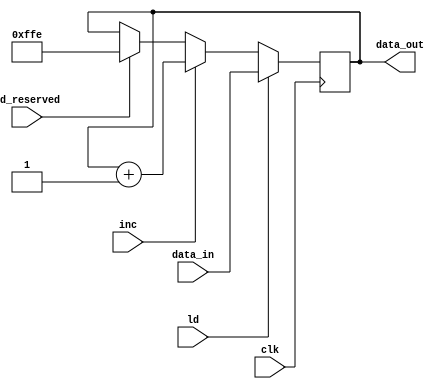
module Reg_AR #(parameter p = 15) (clk, data_in, ld, inc, data_out,ld_reserved);

// list of inputs 
input wire clk, ld, inc,ld_reserved;
input wire [p:0] data_in;

// list of outputs
output reg [p:0] data_out;

// module implementation	
always @(posedge clk)
	begin
		if		(ld == 1'b1)	data_out = data_in;			      // load data in the register
		else if (inc == 1'b1)	data_out = data_out + 1'b1;	// increment the value in the register
		else if (ld_reserved == 1'b1)	data_out = 12'b111111111110; //load reserved addr
	end
endmodule